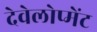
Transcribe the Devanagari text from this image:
देवेलोप्मेंट